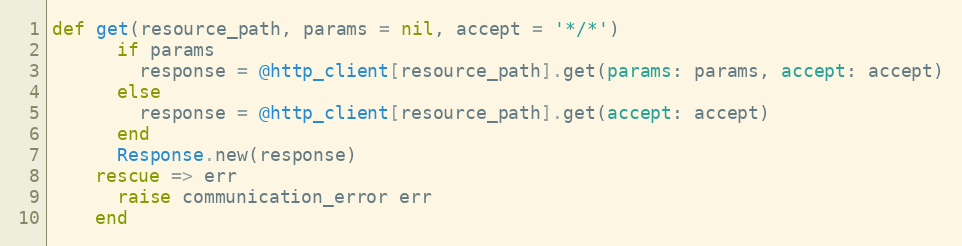
Language: Ruby
def get(resource_path, params = nil, accept = '*/*')
      if params
        response = @http_client[resource_path].get(params: params, accept: accept)
      else
        response = @http_client[resource_path].get(accept: accept)
      end
      Response.new(response)
    rescue => err
      raise communication_error err
    end